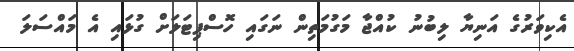
އެކިވަރުގެ އަނިޔާ ލިބުނު ކުއްޖާ މަގުމަތިން ނަގައި ހޮސްޕިޓަލަށް ގުޅައި އެ މައްސަލަ